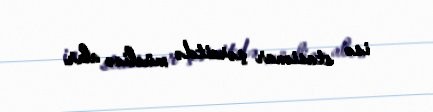
isə stasionar şəraitdə müalicə alır.